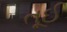
તૂઈ